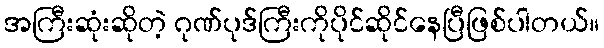
အကြီးဆုံးဆိုတဲ့ ဂုဏ်ပုဒ်ကြီးကိုပိုင်ဆိုင်နေပြီဖြစ်ပါတယ်။